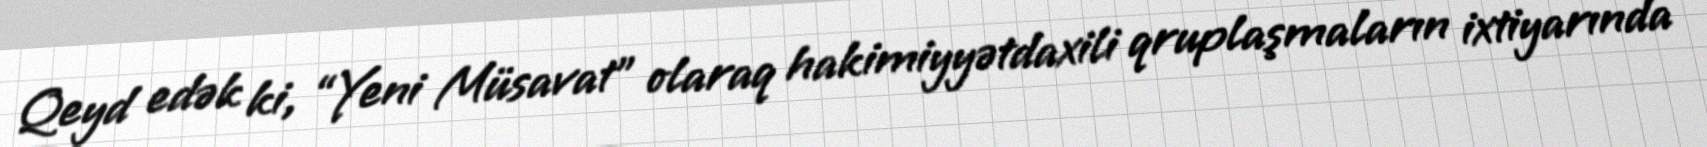
Qeyd edək ki, “Yeni Müsavat” olaraq hakimiyyətdaxili qruplaşmaların ixtiyarında